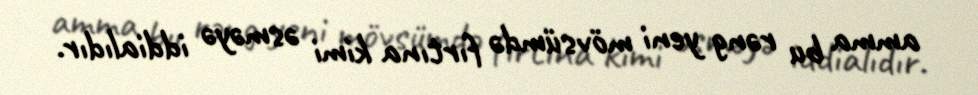
amma bu rəng yeni mövsümdə fırtına kimi əsməyə iddialıdır.